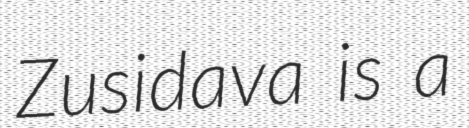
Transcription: Zusidava is a